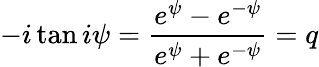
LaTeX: -i\tan i\psi={\frac{e^{\psi}-e^{-\psi}}{e^{\psi}+e^{-\psi}}}=q